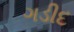
ગડીદ